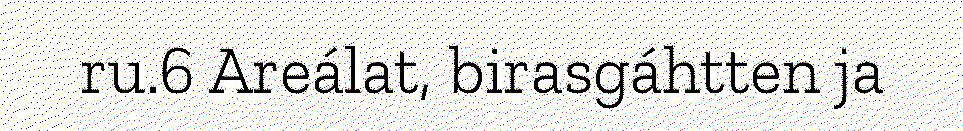
ru.6 Areálat, birasgáhtten ja